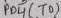
Text: PB4(T0)